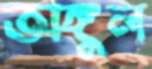
অঙ্গুল